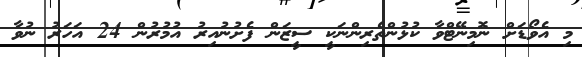
މި އެވޯޑަށް ނޮމިނޭޓްވާ ކުޅުންތެރިންނަކީ ސީޒަން ފެށުނުއިރު އުމުރުން 24 އަހަރު ނުވާ